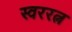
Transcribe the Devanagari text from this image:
स्वररत्न